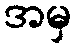
အမှ